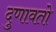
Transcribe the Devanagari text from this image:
दुणावतो